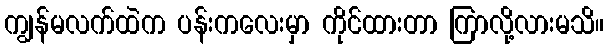
ကျွန်မလက်ထဲက ပန်းကလေးမှာ ကိုင်ထားတာ ကြာလို့လားမသိ။